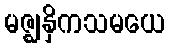
မဇ္ဈနှိကသမယေ